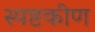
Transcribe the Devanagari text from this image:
स्पष्टकीण